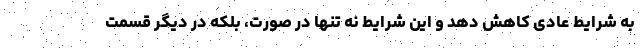
به شرایط عادی کاهش دهد و این شرایط نه تنها در صورت، بلکه در دیگر قسمت